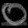
Digit: ၀